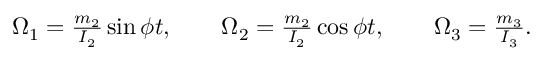
\begin{array} { r } { \Omega _ { 1 } = \frac { m _ { 2 } } { I _ { 2 } } \sin \phi t , \qquad \Omega _ { 2 } = \frac { m _ { 2 } } { I _ { 2 } } \cos \phi t , \qquad \Omega _ { 3 } = \frac { m _ { 3 } } { I _ { 3 } } . } \end{array}